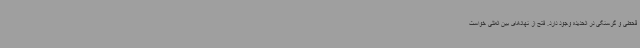
قحطی و گرسنگی در الحدیده وجود دارد. فتح از نهادهای بین المللی خواست